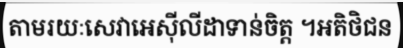
តាមរយៈសេវាអេស៊ីលីដាទាន់ចិត្ត ។អតិថិជន